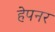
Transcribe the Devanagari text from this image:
हेपनर